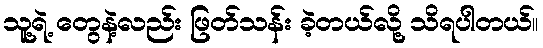
သူ့ရဲ့ တွေနဲ့လည်း ဖြတ်သန်း ခဲ့တယ်လို့ သိရပါတယ်။